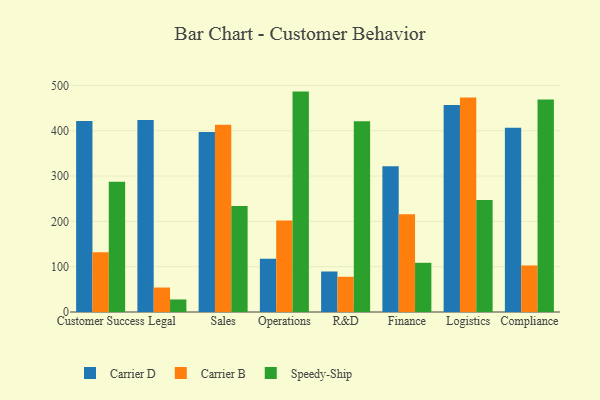
{"axis": {"x": "Department", "y": "Page Views"}, "legend": ["Carrier B", "Carrier D", "Speedy-Ship"], "data": [{"x": "Customer Success", "y": 421.3, "type": "Carrier D"}, {"x": "Customer Success", "y": 131.7, "type": "Carrier B"}, {"x": "Customer Success", "y": 287.4, "type": "Speedy-Ship"}, {"x": "Legal", "y": 423.5, "type": "Carrier D"}, {"x": "Legal", "y": 54.0, "type": "Carrier B"}, {"x": "Legal", "y": 27.7, "type": "Speedy-Ship"}, {"x": "Sales", "y": 397.0, "type": "Carrier D"}, {"x": "Sales", "y": 413.4, "type": "Carrier B"}, {"x": "Sales", "y": 233.7, "type": "Speedy-Ship"}, {"x": "Operations", "y": 117.4, "type": "Carrier D"}, {"x": "Operations", "y": 201.7, "type": "Carrier B"}, {"x": "Operations", "y": 486.4, "type": "Speedy-Ship"}, {"x": "R&D", "y": 89.4, "type": "Carrier D"}, {"x": "R&D", "y": 77.7, "type": "Carrier B"}, {"x": "R&D", "y": 421.0, "type": "Speedy-Ship"}, {"x": "Finance", "y": 321.8, "type": "Carrier D"}, {"x": "Finance", "y": 215.9, "type": "Carrier B"}, {"x": "Finance", "y": 108.6, "type": "Speedy-Ship"}, {"x": "Logistics", "y": 456.9, "type": "Carrier D"}, {"x": "Logistics", "y": 473.4, "type": "Carrier B"}, {"x": "Logistics", "y": 247.3, "type": "Speedy-Ship"}, {"x": "Compliance", "y": 406.6, "type": "Carrier D"}, {"x": "Compliance", "y": 102.8, "type": "Carrier B"}, {"x": "Compliance", "y": 468.7, "type": "Speedy-Ship"}]}